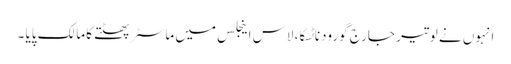
انہوں نے لوتیر جارج گورودناٹسکا، لاس اینجلس میں ماسٹر پھٹتے کا مالک پایا ۔